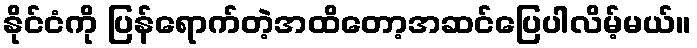
နိုင်ငံကို ပြန်ရောက်တဲ့အထိတော့အဆင်ပြေပါလိမ့်မယ်။